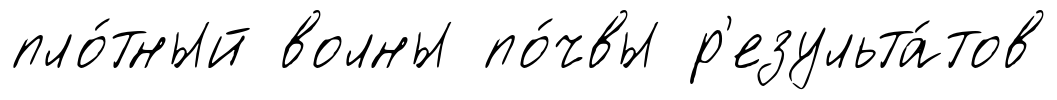
пло́тный волны по́чвы р'езульта́тов